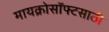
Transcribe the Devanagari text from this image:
मायक्रोसॉफ्टसाठी